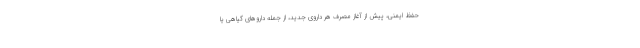
حفظ ایمنی، پیش از آغاز مصرف هر داروی جدید، از جمله داروهای گیاهی یا